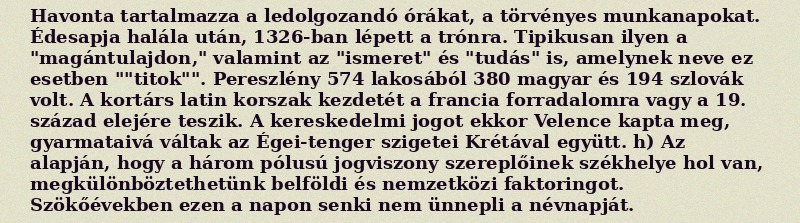
Havonta tartalmazza a ledolgozandó órákat, a törvényes munkanapokat. Édesapja halála után, 1326-ban lépett a trónra. Tipikusan ilyen a "magántulajdon," valamint az "ismeret" és "tudás" is, amelynek neve ez esetben ""titok"". Pereszlény 574 lakosából 380 magyar és 194 szlovák volt. A kortárs latin korszak kezdetét a francia forradalomra vagy a 19. század elejére teszik. A kereskedelmi jogot ekkor Velence kapta meg, gyarmataivá váltak az Égei-tenger szigetei Krétával együtt. h) Az alapján, hogy a három pólusú jogviszony szereplőinek székhelye hol van, megkülönböztethetünk belföldi és nemzetközi faktoringot. Szökőévekben ezen a napon senki nem ünnepli a névnapját.